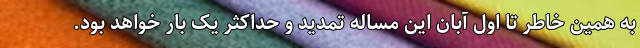
به همین خاطر تا اول آبان این مساله تمدید و حداکثر یک بار خواهد بود.